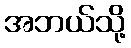
အဘယ်သို့